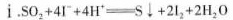
i. SO_{2}+4I^{-}+4H^{+} \xlongequal[]{} S \downarrow +2I_{2}+2H_{2}O